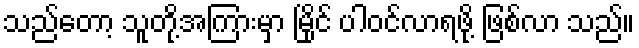
သည်တော့ သူတို့အကြားမှာ မြိုင် ပါဝင်လာရဖို့ ဖြစ်လာ သည်။